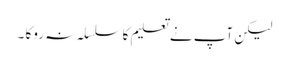
لیکن آپ نے تعلیم کاسلسلہ نہ روکا ۔